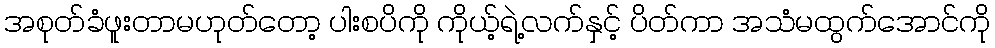
အစုတ်ခံဖူးတာမဟုတ်တော့ ပါးစပိကို ကိုယ့်ရဲ့လက်နှင့် ပိတ်ကာ အသံမထွက်အောင်ကို